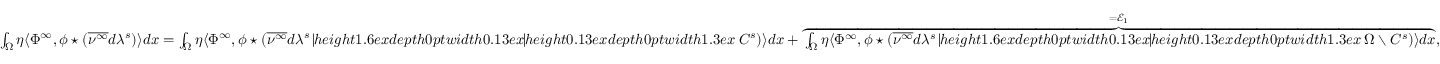
\begin{array} { r } { \int _ { \Omega } \eta \langle \Phi ^ { \infty } , \phi \star ( \overline { { \nu ^ { \infty } } } d \lambda ^ { s } ) \rangle d x = \int _ { \Omega } \eta \langle \Phi ^ { \infty } , \phi \star ( \overline { { \nu ^ { \infty } } } d \lambda ^ { s } \mathbin { \vrule h e i g h t 1 . 6 e x d e p t h 0 p t w i d t h 0 . 1 3 e x \vrule h e i g h t 0 . 1 3 e x d e p t h 0 p t w i d t h 1 . 3 e x } C ^ { s } ) \rangle d x + \overbrace { \int _ { \Omega } \eta \langle \Phi ^ { \infty } , \phi \star ( \overline { { \nu ^ { \infty } } } d \lambda ^ { s } \mathbin { \vrule h e i g h t 1 . 6 e x d e p t h 0 p t w i d t h 0 . 1 3 e x \vrule h e i g h t 0 . 1 3 e x d e p t h 0 p t w i d t h 1 . 3 e x } \Omega \setminus C ^ { s } ) \rangle d x } ^ { = \mathcal { E } _ { 1 } } , } \end{array}